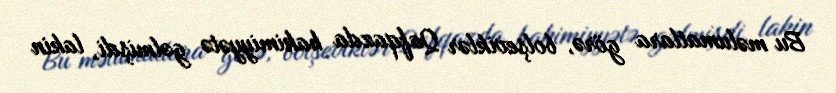
Bu məlumatlara görə, bolşeviklər Qafqazda hakimiyyətə gəlmişdi, lakin